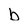
Character: b